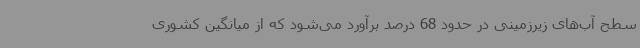
سطح آب‌های زیرزمینی در حدود 68 درصد برآورد می‌شود که از میانگین کشوری